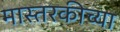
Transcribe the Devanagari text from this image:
मास्तरकीच्या